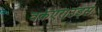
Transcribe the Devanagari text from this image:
वर्कएराउंड्स